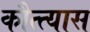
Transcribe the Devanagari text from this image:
कौत्त्यास